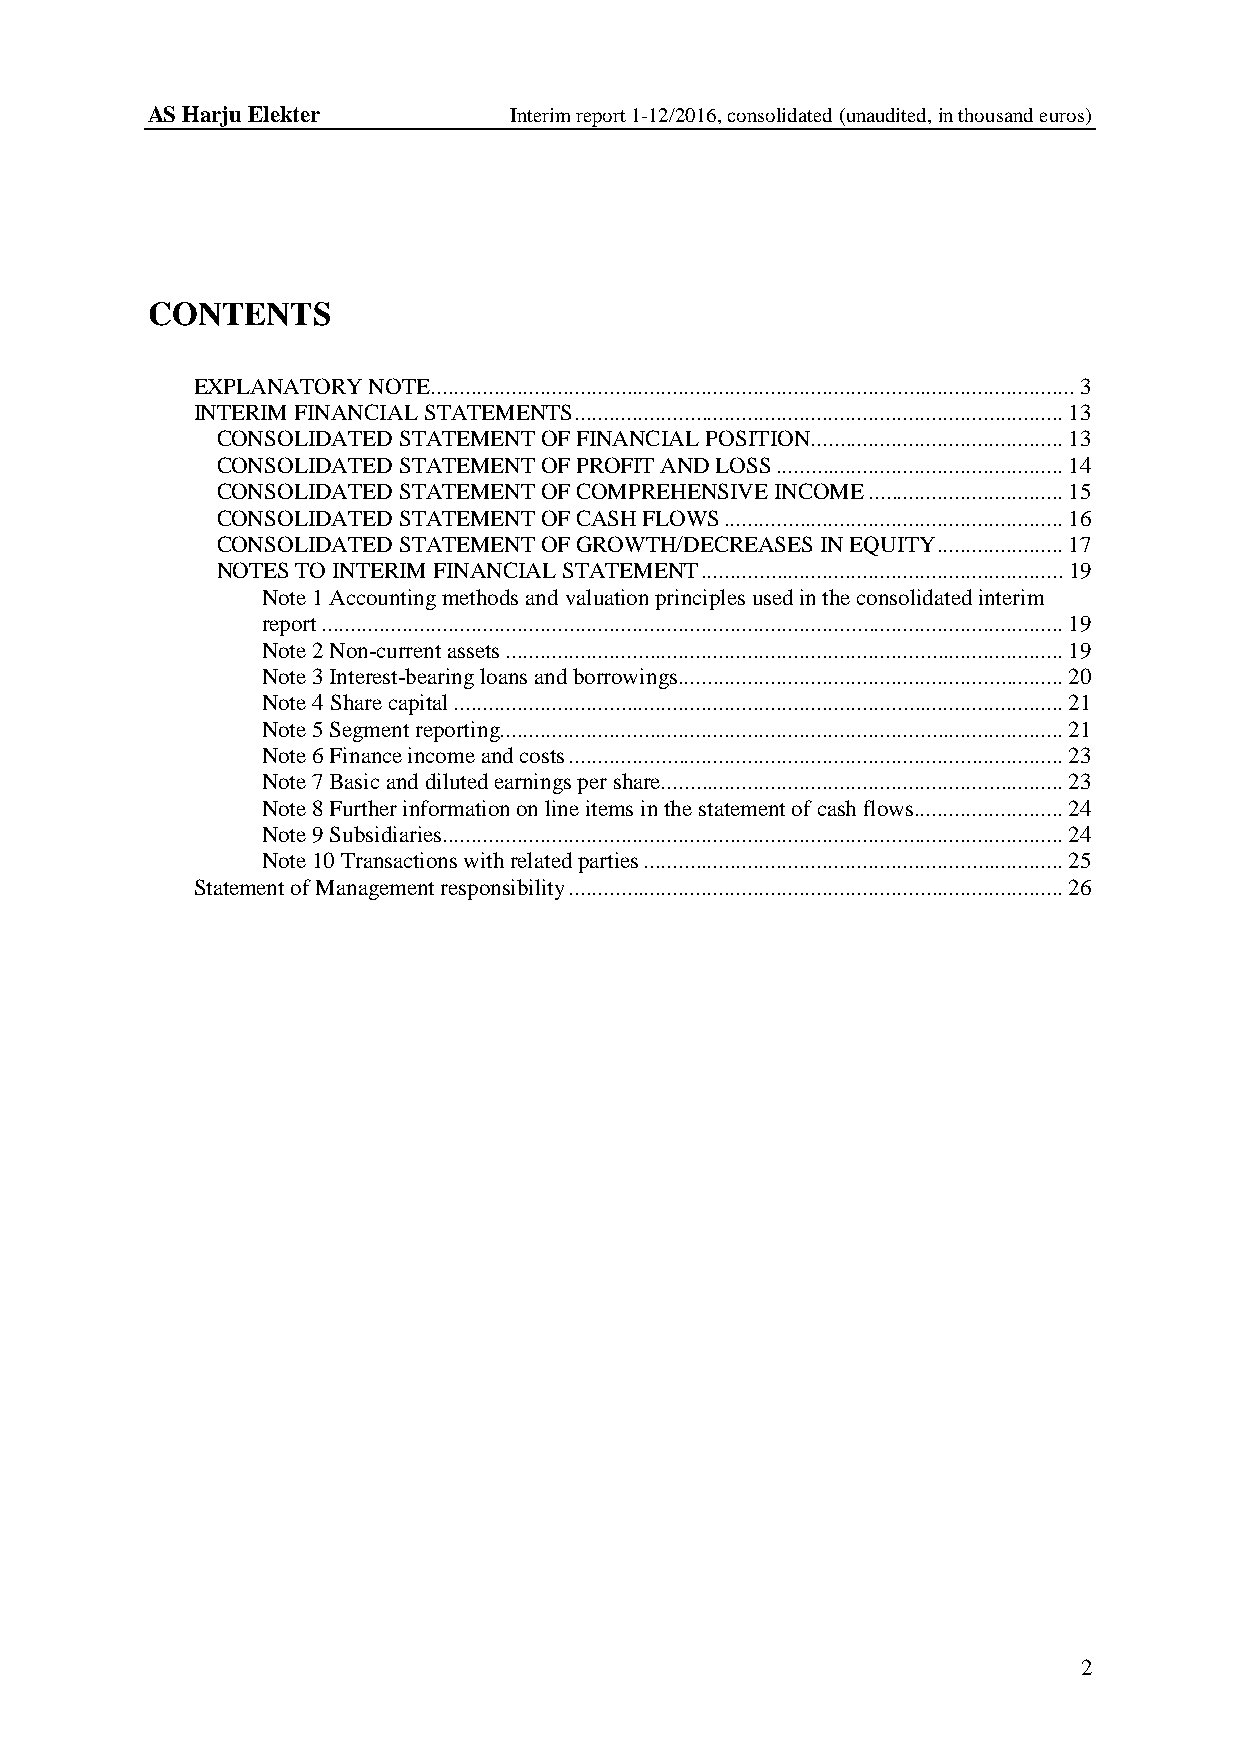
AS Harju Elekter        Interim report 1-12/2016, consolidated (unaudited, in thousand euros)
 CONTENTS
 EXPLANATORY NOTE ................................................................................................................ 3
 INTERIM FINANCIAL STATEMENTS ..................................................................................... 13
 CONSOLIDATED STATEMENT OF FINANCIAL POSITION ............................................ 13
 CONSOLIDATED STATEMENT OF PROFIT AND LOSS .................................................. 14
 CONSOLIDATED STATEMENT OF COMPREHENSIVE INCOME .................................. 15
 CONSOLIDATED STATEMENT OF CASH FLOWS ........................................................... 16
 CONSOLIDATED STATEMENT OF GROWTH/DECREASES IN EQUITY ...................... 17
 NOTES TO INTERIM FINANCIAL STATEMENT ............................................................... 19
 Note 1 Accounting methods and valuation principles used in the consolidated interim
 report ................................................................................................................................. 19
 Note 2 Non-current assets ................................................................................................. 19
 Note 3 Interest-bearing loans and borrowings ................................................................... 20
 Note 4 Share capital .......................................................................................................... 21
 Note 5 Segment reporting .................................................................................................. 21
 Note 6 Finance income and costs ...................................................................................... 23
 Note 7 Basic and diluted earnings per share...................................................................... 23
 Note 8 Further information on line items in the statement of cash flows .......................... 24
 Note 9 Subsidiaries ............................................................................................................ 24
 Note 10 Transactions with related parties ......................................................................... 25
 Statement of Management responsibility ...................................................................................... 26
 2